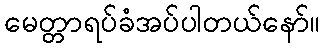
မေတ္တာရပ်ခံအပ်ပါတယ်နော်။